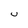
Character: U